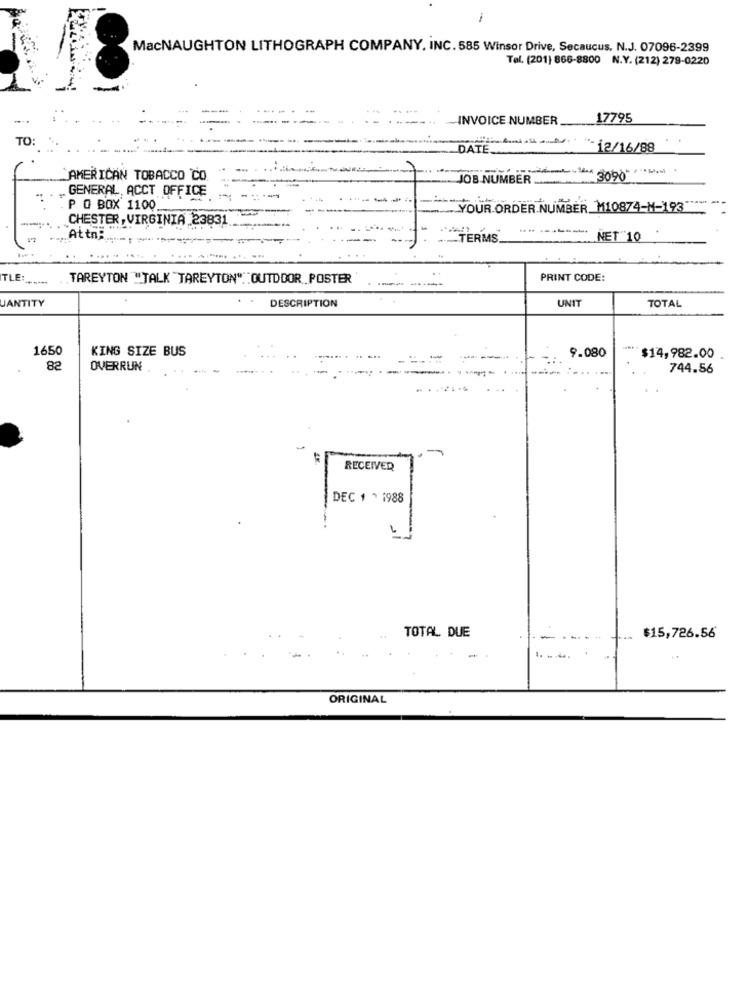
-
MacNAUGHTON LITHOGRAPH COMPANY, INC. 585 Winsor Drive, Secaucus, N.J. 07096-2399
Tel. (201) 866-8800 N.Y. (212) 279-0220
INVOICE NUMBER
17795
TO
DATE ...
UTA .. "12/16/88
AMERICAN TOBACCO CO
JOB NUMBER.
3090
GENERAL, ACCT OFFICE
. P O BOX 1100
YOUR ORDER NUMBER_ M10874-M-193"
CHESTER, VIRGINIA 2383
AttnF
.TERMS
NET 10
TLE:
TAREYTON "TALK "TAREYTON". OUTDOOR POSTER
------
PRINT CODE:
JANTITY
.
DESCRIPTION
UNIT
TOTAL
1650
KING SIZE BUS
9.080
$14,982.00
82
OVERRUN
......
744.56
RECEIVED
DEC 1 , 1988
TOTAL DUE
$15,726.56
ORIGINAL